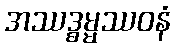
အဿဒ္ဓမ္မဿဝနံ